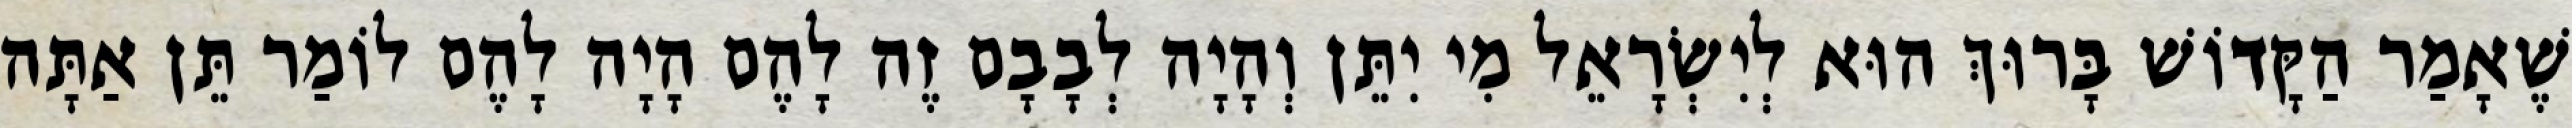
שֶׁאָמַר הַקָּדוֹשׁ בָּרוּךְ הוּא לְיִשְׂרָאֵל מִי יִתֵּן וְהָיָה לְבָבָם זֶה לָהֶם הָיָה לָהֶם לוֹמַר תֵּן אַתָּה